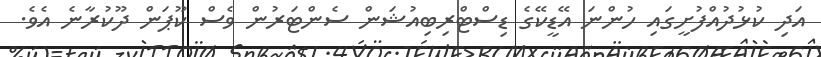
އަދި ކުޅުދުއްފުށީގައި ހުންނަ އޭޑީކޭގެ ޑިސްޓްރިބިއުޝަން ސެންޓަރުން ވެސް ކޫޕަން ދޫކުރާނެ އެވެ.